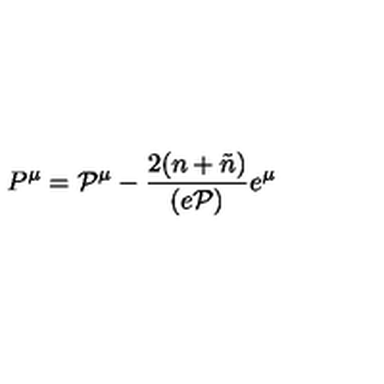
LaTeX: P ^ { \mu } = { \cal P } ^ { \mu } - \frac { 2 ( n + \tilde { n } ) } { ( e { \cal P } ) } e ^ { \mu }